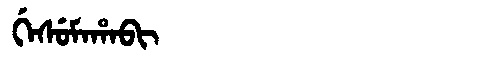
Manchu: ᡤᡝᠰᡠᠮᠠᡥᠠᠪᡳ
Romanization: GESUMAHABI